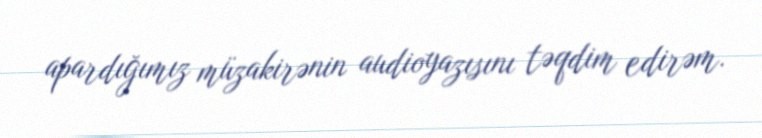
apardığımız müzakirənin audioyazısını təqdim edirəm.